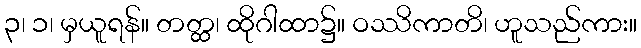
၃၊ ၁၊ မှယူရန်။ တတ္ထ၊ ထိုဂါထာ၌။ ဝဿိကာတိ၊ ဟူသည်ကား။